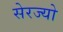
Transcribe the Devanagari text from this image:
सेरज्यो